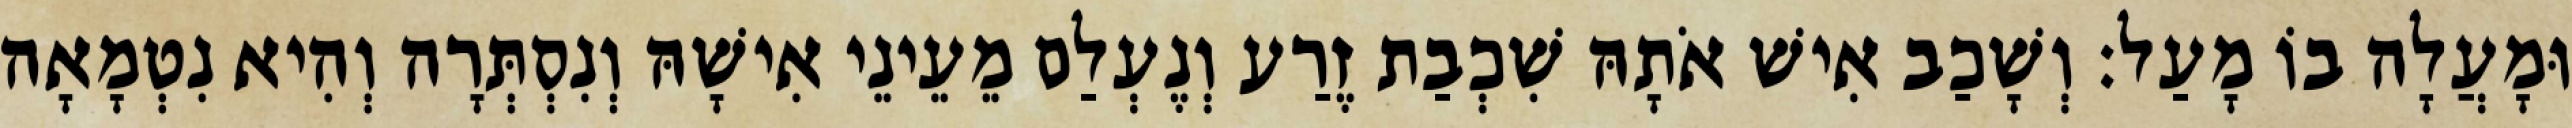
וּמָעֲלָה בוֹ מָעַל׃ וְשָׁכַב אִישׁ אֹתָהּ שִׁכְבַת זֶרַע וְנֶעְלַם מֵעֵינֵי אִישָׁהּ וְנִסְתְּרָה וְהִיא נִטְמָאָה